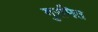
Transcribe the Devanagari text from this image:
गुरमित